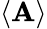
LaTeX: \langle\mathbf{A}\rangle